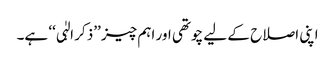
اپنی اصلاح کے لیے چوتھی اور اہم چیز ’’ذکر الہٰی‘‘ ہے۔